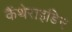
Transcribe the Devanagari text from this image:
कैंथेराइडिन